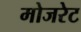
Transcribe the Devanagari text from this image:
मोजरेट